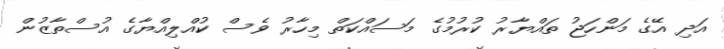
އަދި އޭގެ މަންހަޖު ތައްޔާރު ކުރުމުގެ މަސައްކަތް މިހާރު ވެސް ކުއްލިއްޔާގެ އުސްތާޒުން